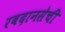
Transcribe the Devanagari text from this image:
रबदानसेची